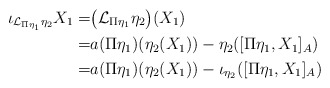
\begin{align*} \iota_{\mathcal{L}_{\Pi\eta_1}\eta_2} X_1= & \big(\mathcal{L}_{\Pi\eta_1}\eta_2 \big)(X_1)\\ =& a(\Pi\eta_1)(\eta_2(X_1))- \eta_2([\Pi\eta_1, X_1]_{A})\\ =& a(\Pi\eta_1)(\eta_2(X_1))- \iota_{\eta_2}([\Pi\eta_1, X_1]_{A})\end{align*}